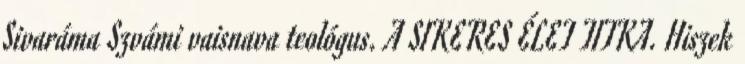
Sivaráma Szvámi vaisnava teológus. A SIKERES ÉLET TITKA. Hiszek